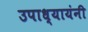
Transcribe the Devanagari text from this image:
उपाध्यायंनी